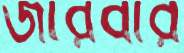
জারবার